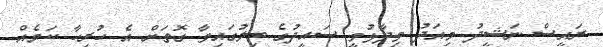
ރައީސް ނަޝީދު މިއަދު ވިދާޅުވީ ސައީދުގެ ބިލުގައިވާ ގޮތަށް އެ ހުރިހާ ކަމެއް